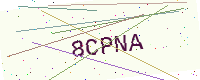
Text: 8CPNA